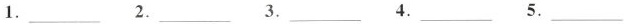
1.___ 2.___ 3.___ 4.___ 5.___